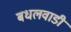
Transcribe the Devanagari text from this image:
बधलवाडी